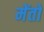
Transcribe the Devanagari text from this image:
मेंतो